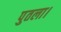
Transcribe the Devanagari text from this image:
पुतला।